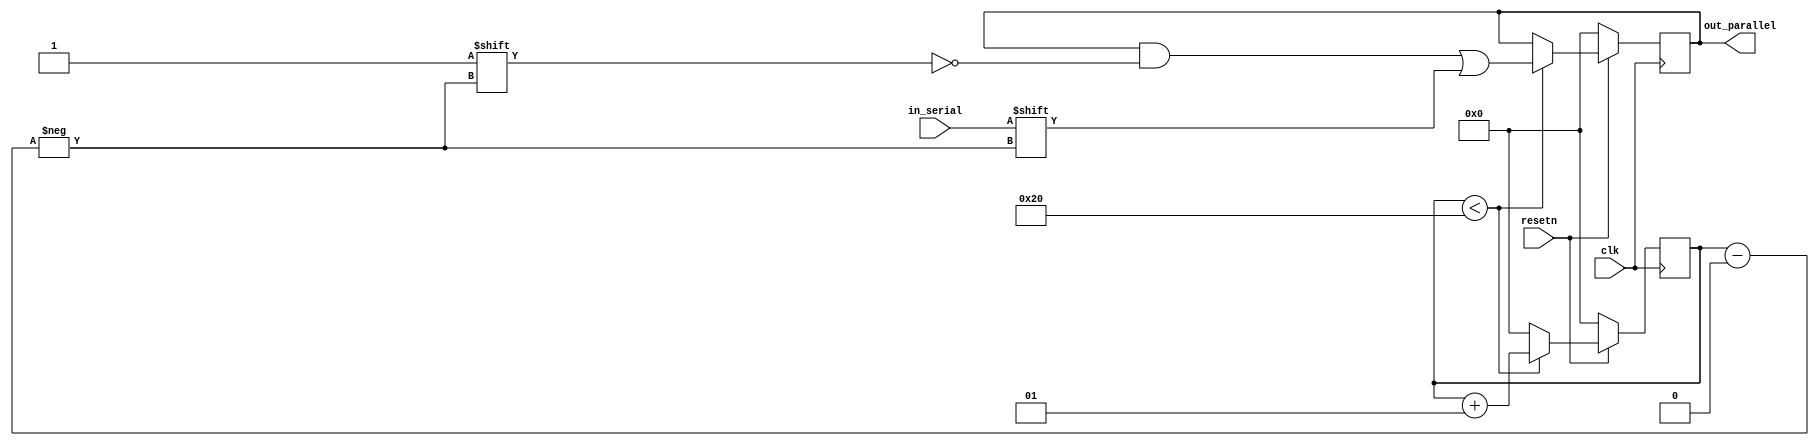
module input_regs #(
    parameter DATA_WIDTH = 32
)(
    input                       clk,
    input                       resetn,
    input                       in_serial,
    output reg [DATA_WIDTH-1:0] out_parallel
);
    integer counter;

    always @(posedge clk) begin
        if(!resetn) begin
            out_parallel    <= 0;
            counter         <= 0;
        end else begin
            if (counter < DATA_WIDTH) begin
                out_parallel[counter]   <= in_serial;
                counter                 <= counter + 1;
            end else begin
                counter                 <= 0;
            end
        end
    end

endmodule